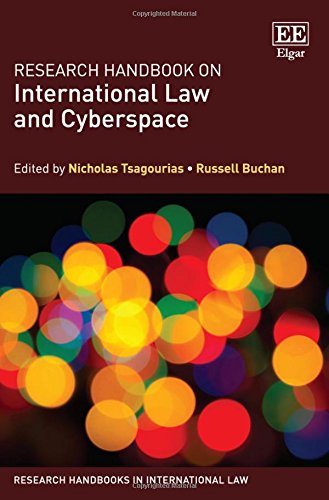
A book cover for Research Handbook on International Law and Cyberspace (Research Handbooks in International Law series); Nicholas Tsagourias; Law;